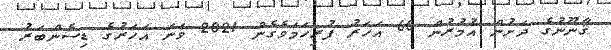
ޤާނޫނުގެ ދަށުން އުމުރުން 60 އަހަރު ފުރިހަމަވެގެން 2021 ވަނަ އަހަރުގެ ޑިސެންބަރު